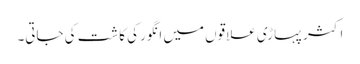
اکثر پہاڑی علاقوں میں انگور کی کاشت کی جاتی۔